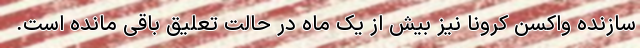
سازنده واکسن کرونا نیز بیش از یک ماه در حالت تعلیق باقی مانده است.